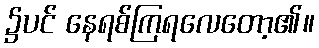
၌ပင် နေရစ်ကြရလေတော့၏။